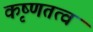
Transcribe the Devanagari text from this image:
कृष्णतत्व